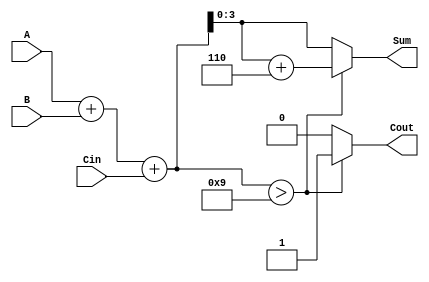
module BCD_Asynchronous_Adder (
    input  [3:0] A,      // First BCD digit
    input  [3:0] B,      // Second BCD digit
    input        Cin,     // Carry input
    output reg [3:0] Sum, // Resulting BCD digit
    output reg Cout       // Carry output
);

    wire [4:0] binary_sum; // 5-bit to accommodate carry
    wire correction_needed; // Signal to indicate if correction is needed

    // Step 1: Perform binary addition
    assign binary_sum = A + B + Cin;

    // Step 2: Determine if correction is needed (if binary_sum > 9)
    assign correction_needed = binary_sum > 9;

    // Step 3: Generate the BCD output
    always @(*) begin
        if (correction_needed) begin
            Sum = binary_sum + 5'd6; // Apply correction by adding 6
            Cout = 1;                 // Set carry out
        end else begin
            Sum = binary_sum[3:0];    // No correction needed
            Cout = 0;                 // No carry out
        end
    end

endmodule